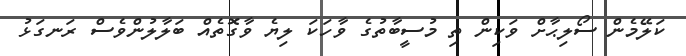
ކަލޭމެން ސޯލިޙާށް ވަކިން ތި މުސީބާތުގެ ވާހަކަ ލިޔެ ވާގޮތެއް ބަލާލުންވެސް ރަނގަޅު